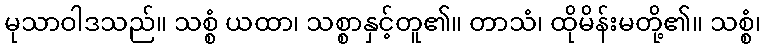
မုသာဝါဒသည်။ သစ္စံ ယထာ၊ သစ္စာနှင့်တူ၏။ တာသံ၊ ထိုမိန်းမတို့၏။ သစ္စံ၊